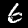
Digit: 6